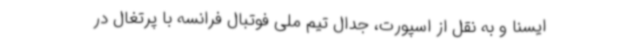
ایسنا و به نقل از اسپورت، جدال تیم ملی فوتبال فرانسه با پرتغال در